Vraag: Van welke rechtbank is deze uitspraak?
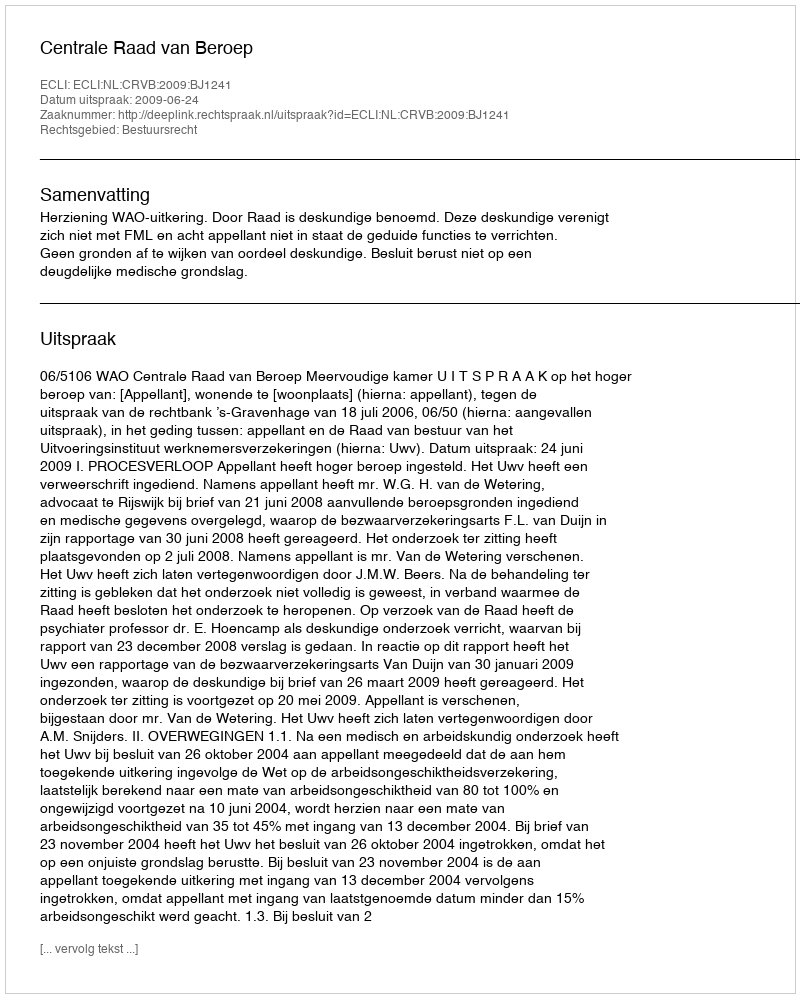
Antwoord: Centrale Raad van Beroep